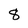
Character: 8